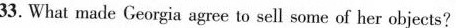
33. What made Georgia agree to sell some of her objects?